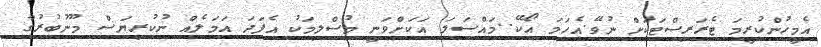
އެމީހުންކުރީމަ ޓެރަރިސްޓަކަށް ނުވޭ.އެހަމަ އޯކޭ..މައްސަލަ އަކަށްވަނީ މުސްލިމަކު އެފަދަ އަމަލެއް ނުކުރިޔަސް މޫނުބުރުގާ